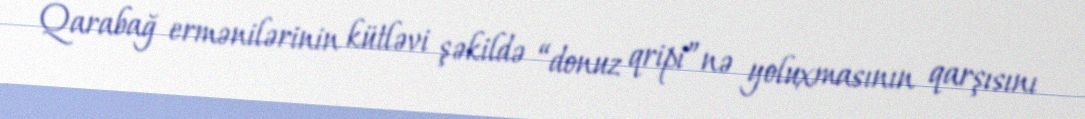
Qarabağ ermənilərinin kütləvi şəkildə “donuz qripi”nə yoluxmasının qarşısını